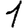
Digit: 1